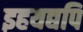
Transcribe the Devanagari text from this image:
इहयद्यपि